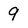
Character: 9